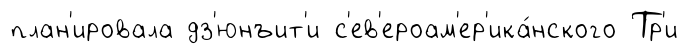
план'ировала дз'юнъит'и с'ев'ероам'ер'ика́нского Тр'и